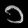
Digit: ၁